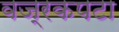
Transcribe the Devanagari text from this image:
वज्रकपटा